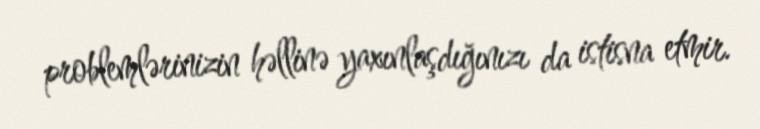
problemlərinizin həllinə yaxınlaşdığınızı da istisna etmir.